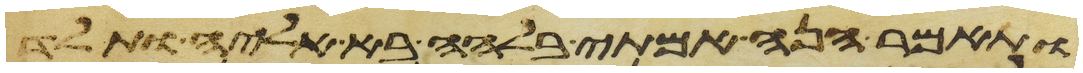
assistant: ותאמר הנה אמתי בלהה בא אליה ותלד